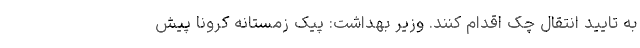
به تایید انتقال چک اقدام کنند. وزیر بهداشت: پیک زمستانه کرونا پیش